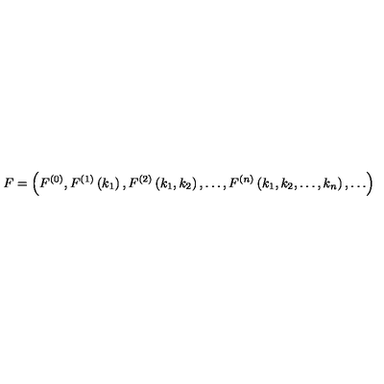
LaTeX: F = \left( F ^ { ( 0 ) } , F ^ { ( 1 ) } \left( k _ { 1 } \right) , F ^ { ( 2 ) } \left( k _ { 1 } , k _ { 2 } \right) , \ldots , F ^ { ( n ) } \left( k _ { 1 } , k _ { 2 } , \ldots , k _ { n } \right) , \ldots \right) \,